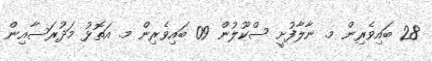
28 ބައިވެރިން މ. ނާލާފުށީ ސްކޫލުން 09 ބައިވެރިން މ. އަތޮޅު މަދުރަސާއިން